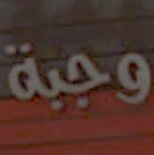
وجبة